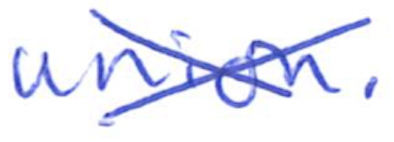
Text: union.
Cross-out: cross
Writing tool: ballpoint